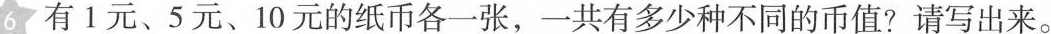
6 有1元、5元、10元的纸币各一张，一共有多少种不同的币值? 请写出来。